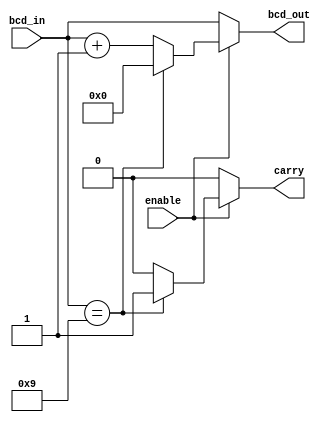
//BCD uses 4 bits to represent 10 decimal digits.
//a BCD incrementer adds 1 to a number in BCD format
//e.g. 0101 is 9, becomes 0000 and activates carry
module bcd_incrementer(
	input wire[3:0] bcd_in,
	input wire enable,
	output wire[3:0] bcd_out,
	output wire carry
);

localparam nine = 4'b1001;
localparam one  = 4'b0001;
localparam zero = 4'b0000;

assign bcd_out = enable == 1'b1 ? bcd_in == nine ? zero : bcd_in + one : bcd_in;
assign carry = enable == 1'b1 ? bcd_in == nine ? 1'b1 : 1'b0 : 1'b0;

endmodule